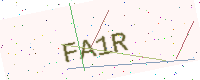
Text: FA1R